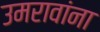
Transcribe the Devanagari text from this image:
उमरावांना